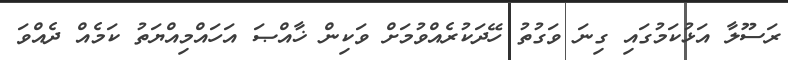
ރަސޫލާ އަޅުކަމުގައި ގިނަ ވަގުތު ހޭދަކުރެއްވުމަށް ވަކިން ޚާއްޞަ އަހައްމިއްޔަތު ކަމެއް ދެއްވަ